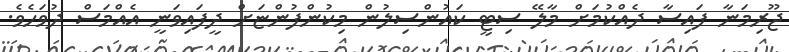
ޖޫރިމަނާ ފައިސާ ދެއްކުމަށް މާލޭ ސިޓީ ކައުންސިލުން މިކުންފުންޏަށް ދީފައިވަނީ އެއްމަސް ދުވަހެވެ.